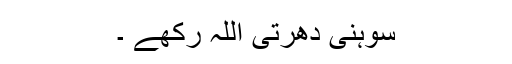
سوہنی دھرتی اللہ رکھے ۔